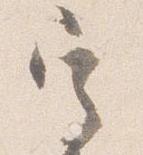
定